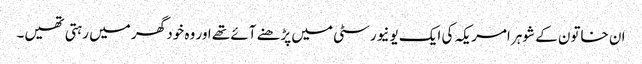
ان خاتون کے شوہر امریکہ کی ایک یونیورسٹی میں پڑھنے آئے تھے اور وہ خود گھر میں رہتی تھیں۔